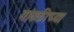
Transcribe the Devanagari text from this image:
गांवकीच्या